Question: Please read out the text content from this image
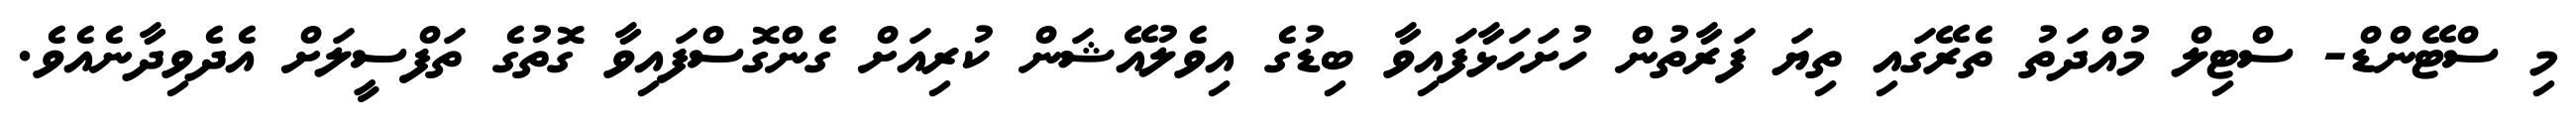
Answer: މި ސްޓޭންޑް- ސްޓިލް މުއްދަތު ތެރޭގައި ތިޔަ ފަރާތުން ހުށަހަޅާފައިވާ ބިޑުގެ އިވެލުއޭޝަން ކުރިއަށް ގެންގޮސްފައިވާ ގޮތުގެ ތަފްސީލަށް އެދެވިދާނެއެވެ.